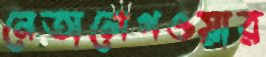
নেতালেগওয়ার